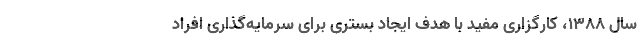
سال ۱۳۸۸، کارگزاری مفید با هدف ایجاد بستری برای سرمایه‌گذاری افراد